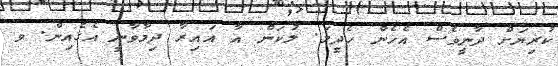
ކުރިޔަށް ދާނީވެސް އެހެން ހެދީމަ. ލުކަން އާ އައިރާ ދިމާވާނީ އެގެއިން. ވ